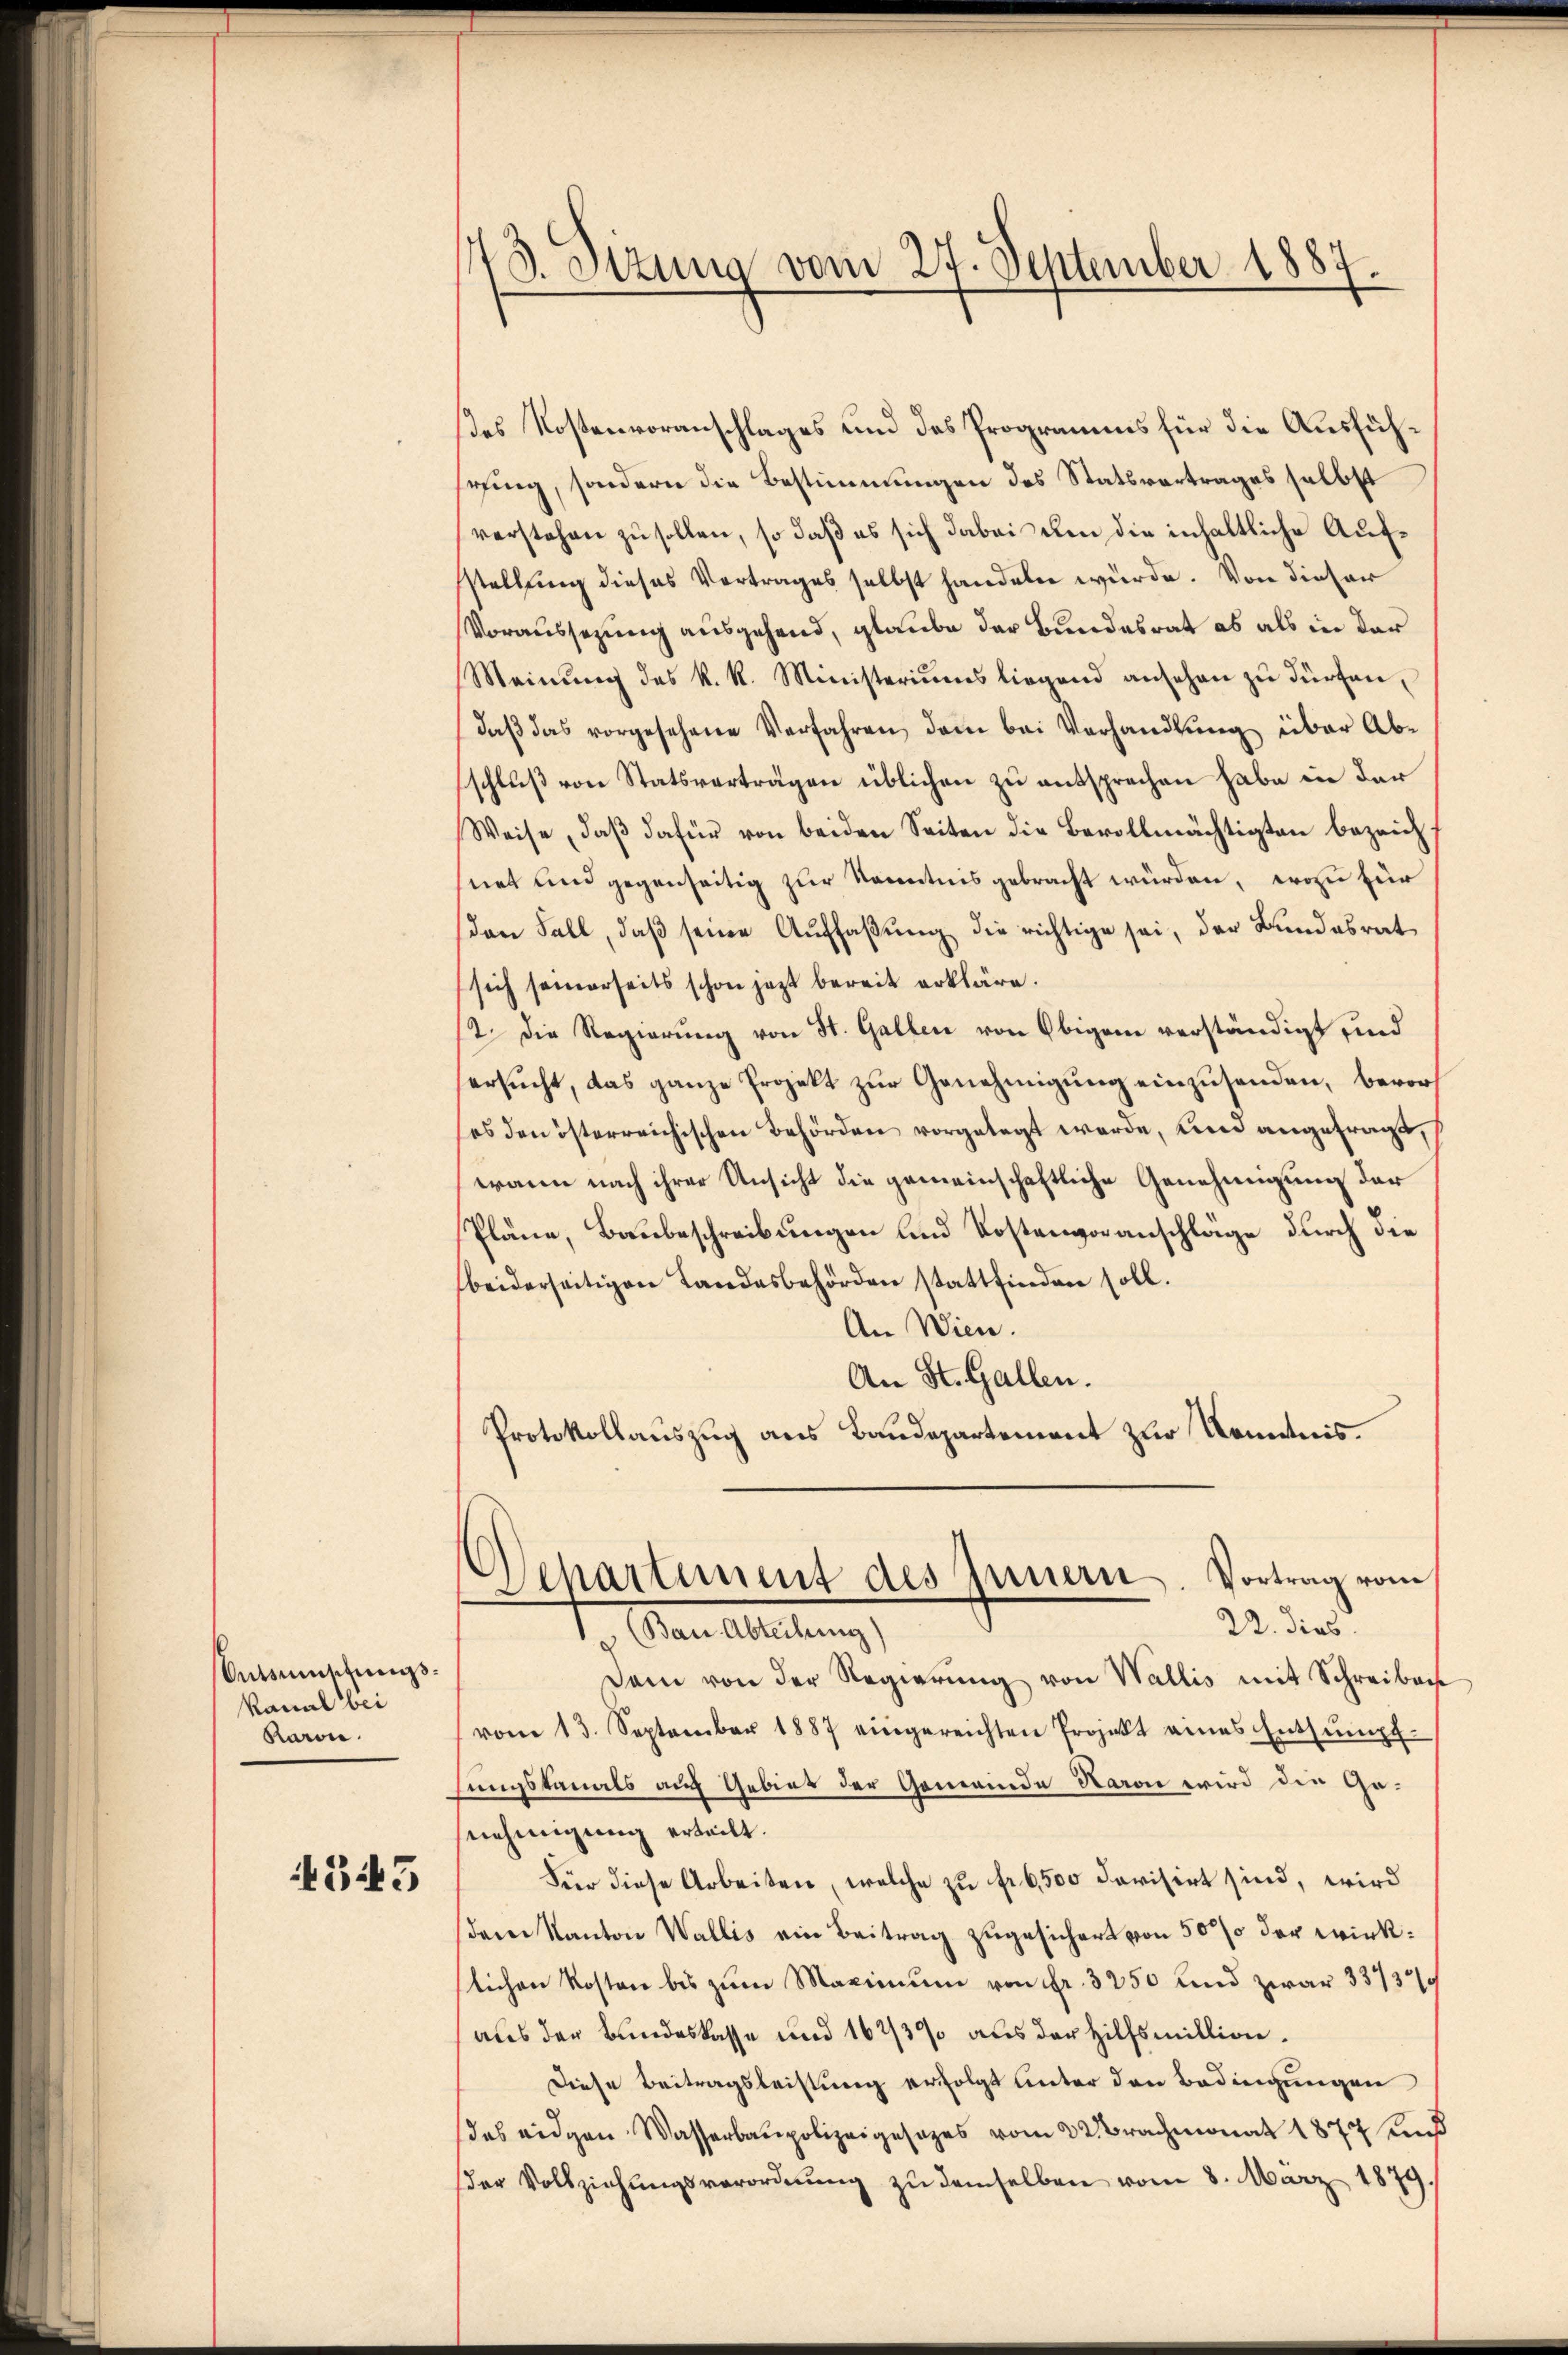
Antsumschungs¬
Kanal bei
Karen.

345

43. Sitzung vom 27. September 1887.

des Kostenvoranschlages und des Programms für die Ausfühsring, sondern die Bestimmungen des Statsvertrages selbst
verstehen zu sollen, so daß es sich dabei den die inhaltliche Aufsstellung dieses Vertrages selbst handeln würde. Von dieser
Voraussezung ausgehend, glaube der Bundesrat es als in der
Meinung des k. k. Ministeriums liegend ansehen zu dürfen,
daβ das vorgesehene Verfahren dem bei Verhandlung über Abschluß von Statsverträgen üblichen zu entsprechen habe in der
Weise, daβ dafür von beiden Seiten die Bevollmächtigten bezeichfnet und gegenseitig zur Kenntnis gebracht würden, wozu für
den Fall, daß seine Auffaßung die richtige sei, der Bundesrat
sich seinerseits schon jezt bereit erkläre.
12. Die Regierung von St. Gallen von Obigem verständigt sind
ersucht, das ganze Projekt zur Genehmigung einzusenden, bevorsos den österreichischen Behörden vorgelegt werde, und angefragt,
wann nach ihrer Ansicht die gemeinschaftliche Genehmigung der
Pläne, Baubeschreibungen und Kostenvoranschläge durch die
beiderseitigen Landesbehörden stattfinden soll.
An Wien.
An St. Gallen.
Protokollauszug aus Baudepartement zur Kenntnis.
Departement des Innern. Vortrag vom
22. dies
(Bau. Abteilung)
Dam von der Regierung von Wallis mit Schreiben
vom 13. September 1887 eingereichten Projekt eines Entsumpf
füngstemals auch Gebiet der Gemeinde Haron wird die Genehmigung erteilt.
Für diese Arbeiten, welche zu fr 6,500 devisirt sind, wird
dem Kanton Wallis ein Beitrag zugesichert von 50 % der wirklichen Kosten bis zum Maximum von Fr. 3250 und zwar 33737/
aus der Bundeskasse und 162/3% aus der Hilfsmillion
Diese Beitragsleistung erfolgt unter den Bedingungen
das eidgen. Wasserbaupolizeigesezes vom 22 Brachmonat 1874 und
der Vollziehŭngsverordnŭng zŭ demselben vom 8. März 1879.